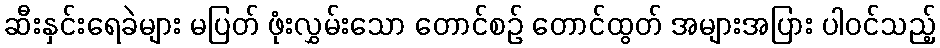
ဆီးနှင်းရေခဲများ မပြတ် ဖုံးလွှမ်းသော တောင်စဉ် တောင်ထွတ် အများအပြား ပါဝင်သည့်